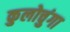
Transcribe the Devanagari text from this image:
कुलोचुंगा